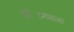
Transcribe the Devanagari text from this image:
झोटिंगबाबा